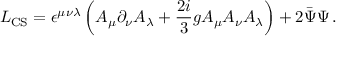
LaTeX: { \cal L } _ { \mathrm { C S } } = \epsilon ^ { \mu \nu \lambda } \left( A _ { \mu } \partial _ { \nu } A _ { \lambda } + \frac { 2 i } { 3 } g A _ { \mu } A _ { \nu } A _ { \lambda } \right) + 2 \bar { \Psi } \Psi \, .